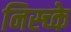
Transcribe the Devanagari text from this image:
निस्च्के